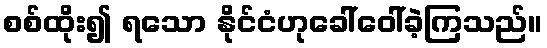
စစ်ထိုး၍ ရသော နိုင်ငံဟုခေါ်ဝေါ်ခဲ့ကြသည်။